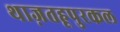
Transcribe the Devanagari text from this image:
थाज़तहूपुरकल